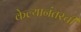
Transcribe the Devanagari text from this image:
केल्यानंतरची